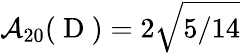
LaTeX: \mathcal{A}_{20}(\mathrm{~D~})=2\sqrt{5/14}